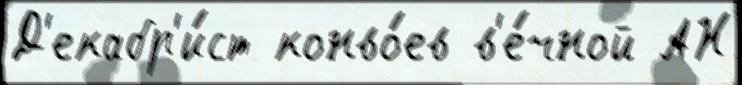
Д'екабр'и́ст конво́ев в'е́чной АН